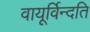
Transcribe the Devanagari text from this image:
वायूर्विन्दति